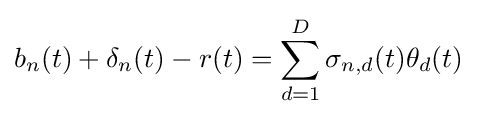
b_{n}(t)+\mathbf {\delta } _{n}(t)-r(t)=\sum _{d=1}^{D}\sigma _{n,d}(t)\theta _{d}(t)